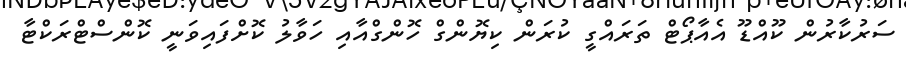
ސަރުކާރުން ކޫއްޑޫ އެއާޕޯޓް ތަރައްގީ ކުރަން ކިޔޮންގް ހޮންގްއާއި ހަވާލު ކޮށްފައިވަނީ ކޮންސްޓްރަކްޓާ